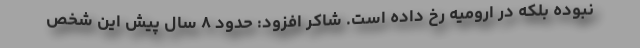
نبوده بلکه در ارومیه رخ داده است. شاکر افزود: حدود ۸ سال پیش این شخص